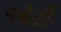
એડી